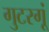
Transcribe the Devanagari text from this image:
गुटरगूं